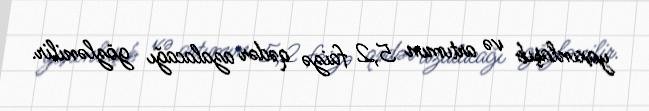
yaxınlaşıb və artımın 5,2 faizə qədər azalacağı gözlənilir.